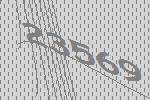
23569